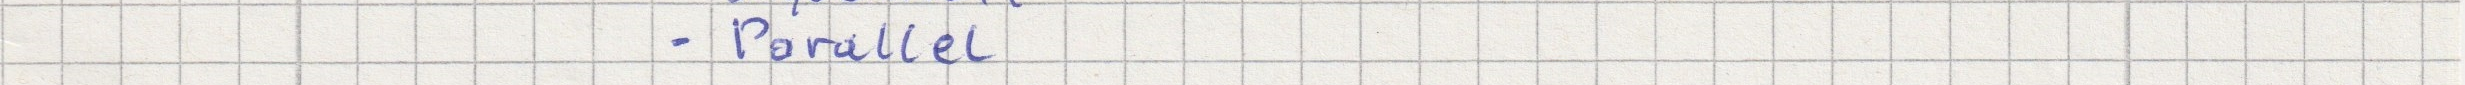
- Parallel